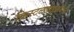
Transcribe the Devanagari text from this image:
क्रिस्टललाइज़ेबल